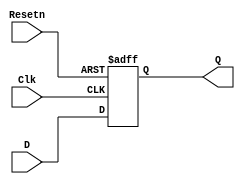
module nreg(D,Clk,Resetn,Q);
parameter n = 16;

input Clk, Resetn;
input [n-1: 0]D;

output reg [n-1:0]Q;

always@(negedge Resetn or posedge Clk)
begin
	if ( !Resetn) begin
		Q <= 0;
		
	end else begin
		Q <= D;
	end
end

endmodule